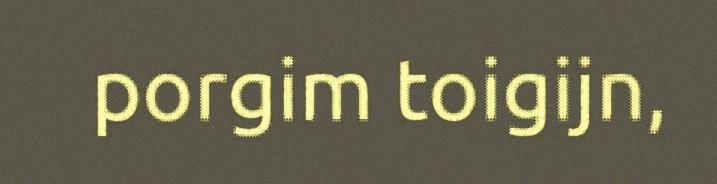
porgim toigijn,